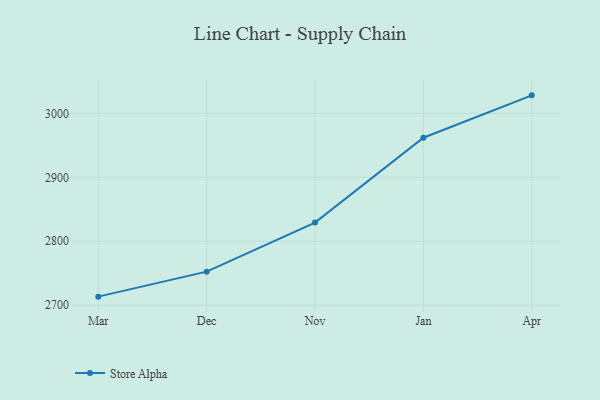
{"axis": {"x": "Month", "y": "Bounce Rate (%)"}, "legend": ["Store Alpha"], "data": [{"x": "Mar", "y": 2713.4, "type": "Store Alpha"}, {"x": "Dec", "y": 2752.5, "type": "Store Alpha"}, {"x": "Nov", "y": 2829.2, "type": "Store Alpha"}, {"x": "Jan", "y": 2962.0, "type": "Store Alpha"}, {"x": "Apr", "y": 3028.3, "type": "Store Alpha"}]}